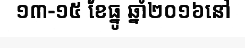
១៣-១៥ ខែធ្នូ ឆ្នាំ២០១៦នៅ